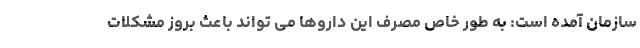
سازمان آمده است: به طور خاص مصرف این داروها می تواند باعث بروز مشکلات